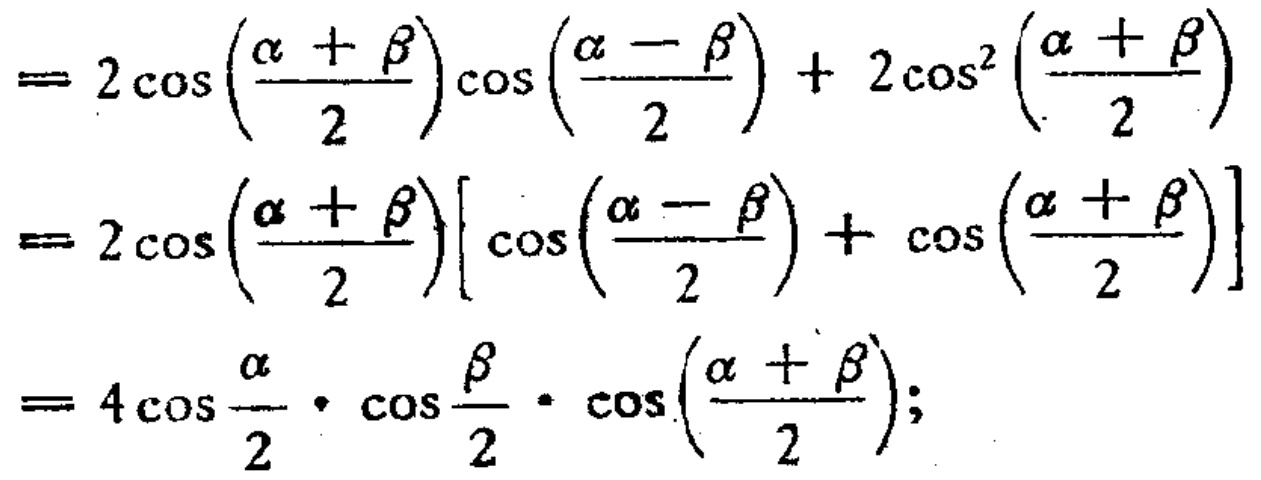
\[

\begin{align*}

&= 2\cos\left(\frac{\alpha + \beta}{2}\right)\cos\left(\frac{\alpha - \beta}{2}\right)+ 2\cos^{2}\left(\frac{\alpha + \beta}{2}\right)\\

&= 2\cos\left(\frac{\alpha + \beta}{2}\right)\left[\cos\left(\frac{\alpha - \beta}{2}\right)+\cos\left(\frac{\alpha + \beta}{2}\right)\right]\\

&= 4\cos\frac{\alpha}{2}\cdot\cos\frac{\beta}{2}\cdot\cos\left(\frac{\alpha + \beta}{2}\right);

\end{align*}

\]